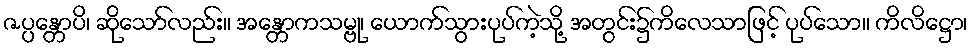
ဇပ္ပန္တောပိ၊ ဆိုသော်လည်း။ အန္တောကသမ္ဗု၊ ယောက်သွားပုပ်ကဲ့သို့ အတွင်း၌ကိလေသာဖြင့် ပုပ်သော။ ကိလိဋ္ဌော၊